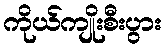
ကိုယ်ကျိုးစီးပွား